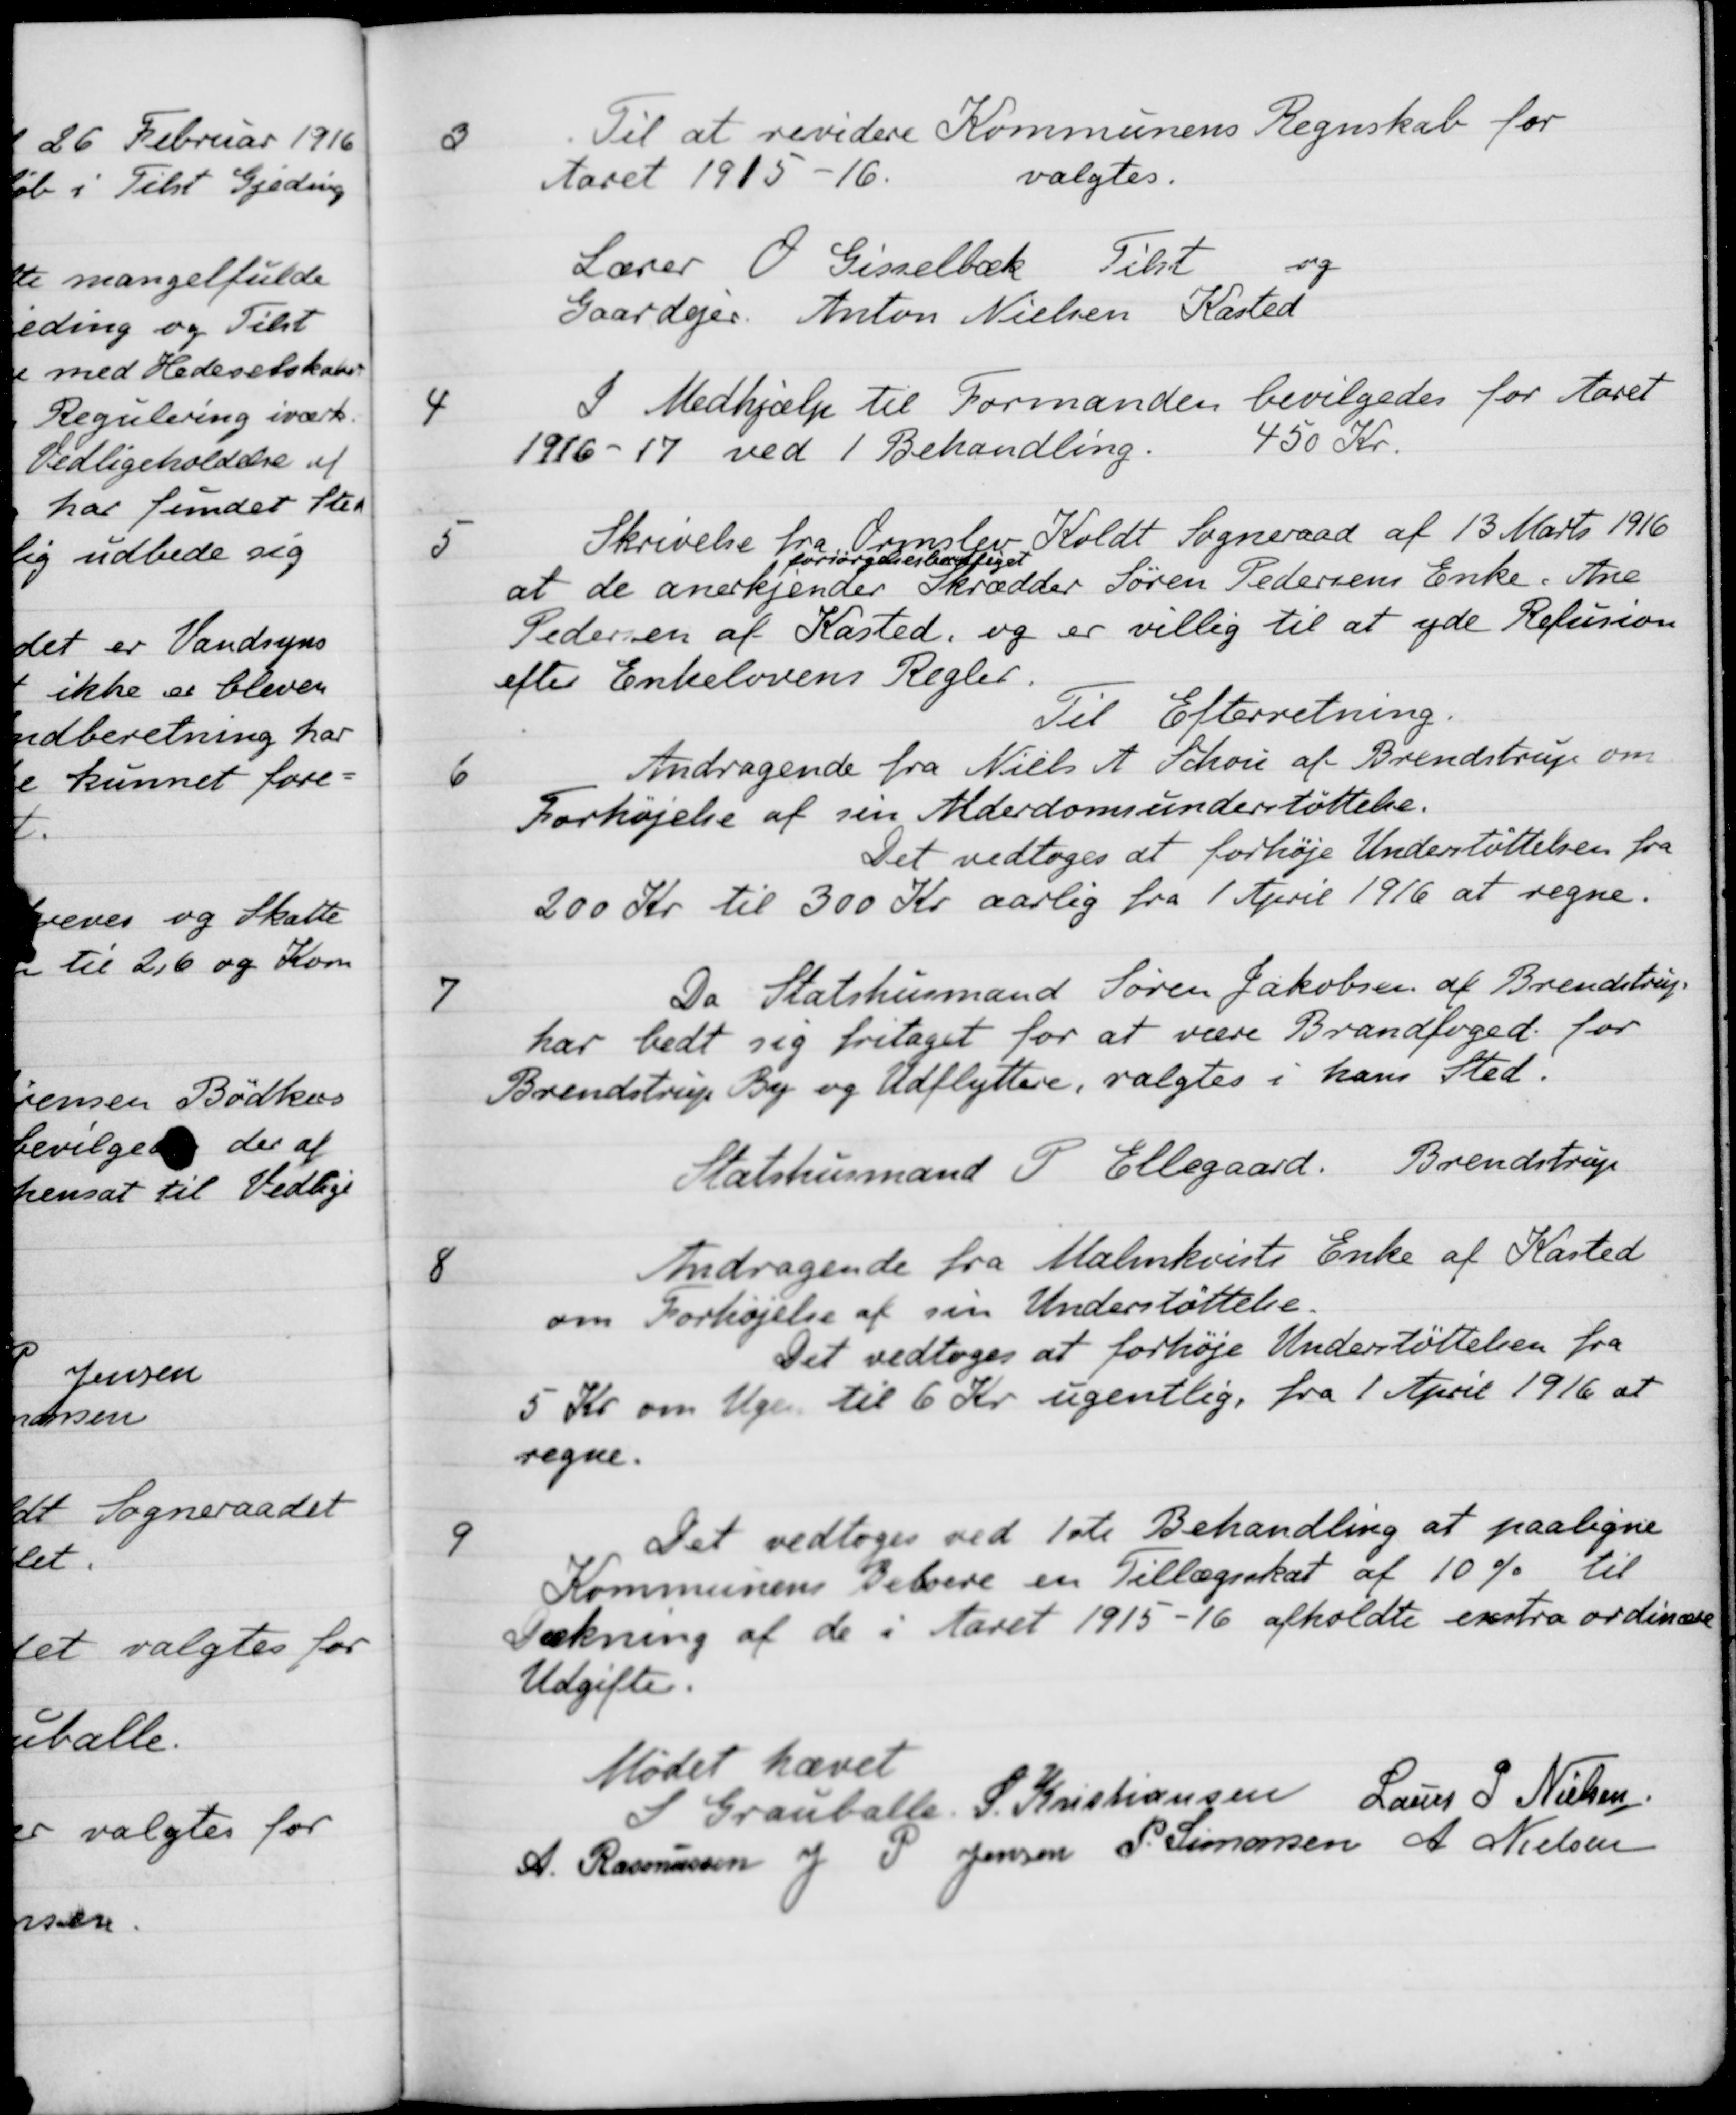
Transskription:
3
Til at revidere Kommunens Regnskab for
Aaret 1915-16. valgtes.
Lærer O. Gisselbæk Tilst og
Gaardejer Anton Nielsen Kasted
4
I Medhjælp til Formanden bevilgedes for Aaret
1916-17 ved 1 Behandling.
450 Kr.
5
Skrivelse fra  Ormslev Koldt Sogneraad af 13 Marts 1916
at de anerkjender
forsørgelsesbestiget
Skrædder Søren Pedersens Enke Ane
Pedersen af Kasted, og er villig til at yde Refusion
efter Enkelovens Regler.
Til Efterretning.
6
Andragende fra Niels A. Schou af Brendstrup om
Forhøjelse af sin Alderdomsunderstøttelse.
Det vedtoges at forhøje Understøttelsen fra
200 Kr til 300 Kr aarlig fra 1 April 1916 at regne.
7
Da Statshusmand Søren Jakobsen af Brendstrup
har bedt sig fritaget for at være Brandfoged for
Brendstrup By og Udflyttere, valgtes i hans Sted.
Statshusmand P. Ellegaard. Brendstrup
8
Andragende fra Malmkvists Enke af Kasted
om Forhøjelse af sin Understøttelse.
Det vedtoges at forhøje Understøttelsen fra
5 Kr om Ugen til 6 Kr. ugentlig fra 1 April 1916 at
regne.
9
Det vedtoges ved 1ste Behandling at paaligne
Kommunens Beboere en Tillægsskat af 10 % til
Dækning af de i Aaret 1915-16 afholdte exstra ordinære
Udgifter.
Mødet hævet
S Grauballe
S. Kristiansen
Laurs P Nielsen
A. Rasmussen
J P Jensen
P. Simonsen
A Nielsen